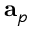
\mathbf { a } _ { p }